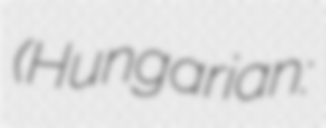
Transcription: (Hungarian: